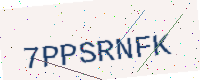
Text: 7PPSRNFK